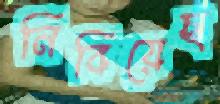
নিবিয়েছ